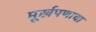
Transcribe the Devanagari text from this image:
मूर्खपणाचा